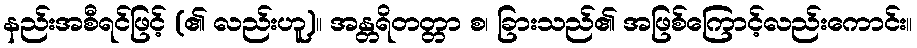
နည်းအစီရင်ဖြင့် (၏ လည်းဟူ)။ အန္တရိတတ္တာ စ၊ ခြားသည်၏ အဖြစ်ကြောင့်လည်းကောင်း။